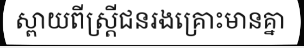
ស្ពាយពីស្ត្រីជនរងគ្រោះមានគ្នា